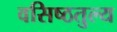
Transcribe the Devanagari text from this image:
वसिष्ठतुल्य